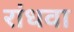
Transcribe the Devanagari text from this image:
रांधवा